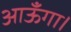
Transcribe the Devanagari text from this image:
आऊँगा।